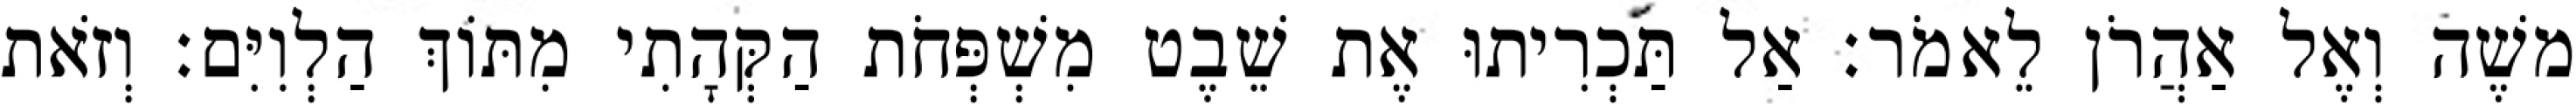
משֶׁה וְאֶל אַהֲרֹן לֵאמֹר׃ אַל תַּכְרִיתוּ אֶת שֵׁבֶט מִשְׁפְּחֹת הַקְּהָתִי מִתּוֹךְ הַלְוִיִּם׃ וְזֹאת